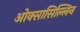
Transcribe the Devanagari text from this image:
ओक्सासिल्लिन